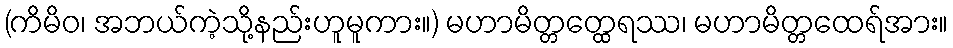
(ကိမိဝ၊ အဘယ်ကဲ့သို့နည်းဟူမူကား။) မဟာမိတ္တတ္ထေရဿ၊ မဟာမိတ္တထေရ်အား။